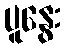
ပူနွေး